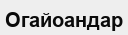
Огайоандар